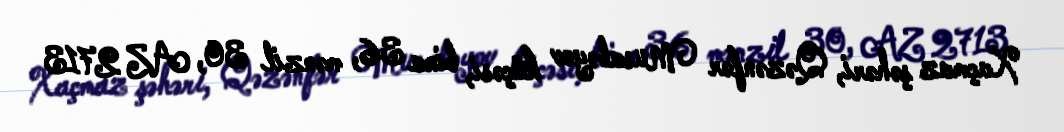
Xaçmaz şəhəri, Qəzənfər Musabəyov küçəsi, bina 36, mənzil 30, AZ 2713